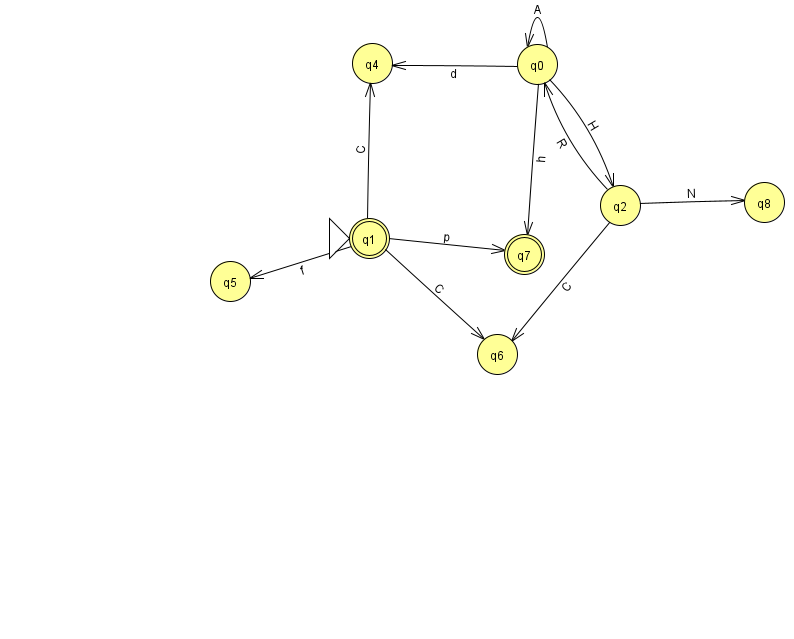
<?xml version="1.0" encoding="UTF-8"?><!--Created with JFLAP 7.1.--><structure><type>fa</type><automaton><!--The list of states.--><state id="0" name="q0"><x>537.0</x><y>51.0</y></state><state id="1" name="q1"><x>369.0</x><y>225.0</y><initial/><final/></state><state id="2" name="q2"><x>620.0</x><y>192.0</y></state><state id="4" name="q4"><x>372.0</x><y>50.0</y></state><state id="5" name="q5"><x>230.0</x><y>268.0</y></state><state id="6" name="q6"><x>497.0</x><y>341.0</y></state><state id="7" name="q7"><x>524.0</x><y>241.0</y><final/></state><state id="8" name="q8"><x>764.0</x><y>189.0</y></state><!--The list of transitions.--><transition><from>0</from><to>7</to><read>h</read></transition><transition><from>1</from><to>6</to><read>C</read></transition><transition><from>0</from><to>0</to><read>A</read></transition><transition><from>2</from><to>0</to><read>R</read></transition><transition><from>2</from><to>8</to><read>N</read></transition><transition><from>2</from><to>6</to><read>C</read></transition><transition><from>0</from><to>2</to><read>H</read></transition><transition><from>1</from><to>4</to><read>C</read></transition><transition><from>1</from><to>5</to><read>f</read></transition><transition><from>1</from><to>7</to><read>p</read></transition><transition><from>0</from><to>4</to><read>d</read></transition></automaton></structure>